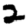
Digit: 2